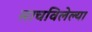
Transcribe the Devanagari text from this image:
साचविलेल्या